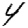
Digit: 4